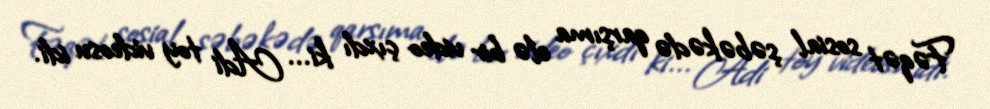
Fəqət sosial şəbəkədə qarşıma elə bir video çıxdı ki... Adi toy videosu idi.